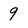
Character: 9